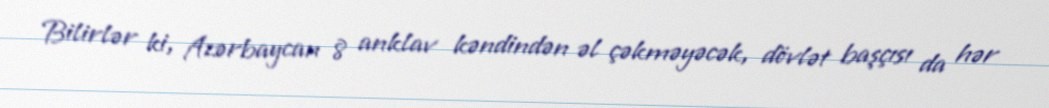
Bilirlər ki, Azərbaycan 8 anklav kəndindən əl çəkməyəcək, dövlət başçısı da hər